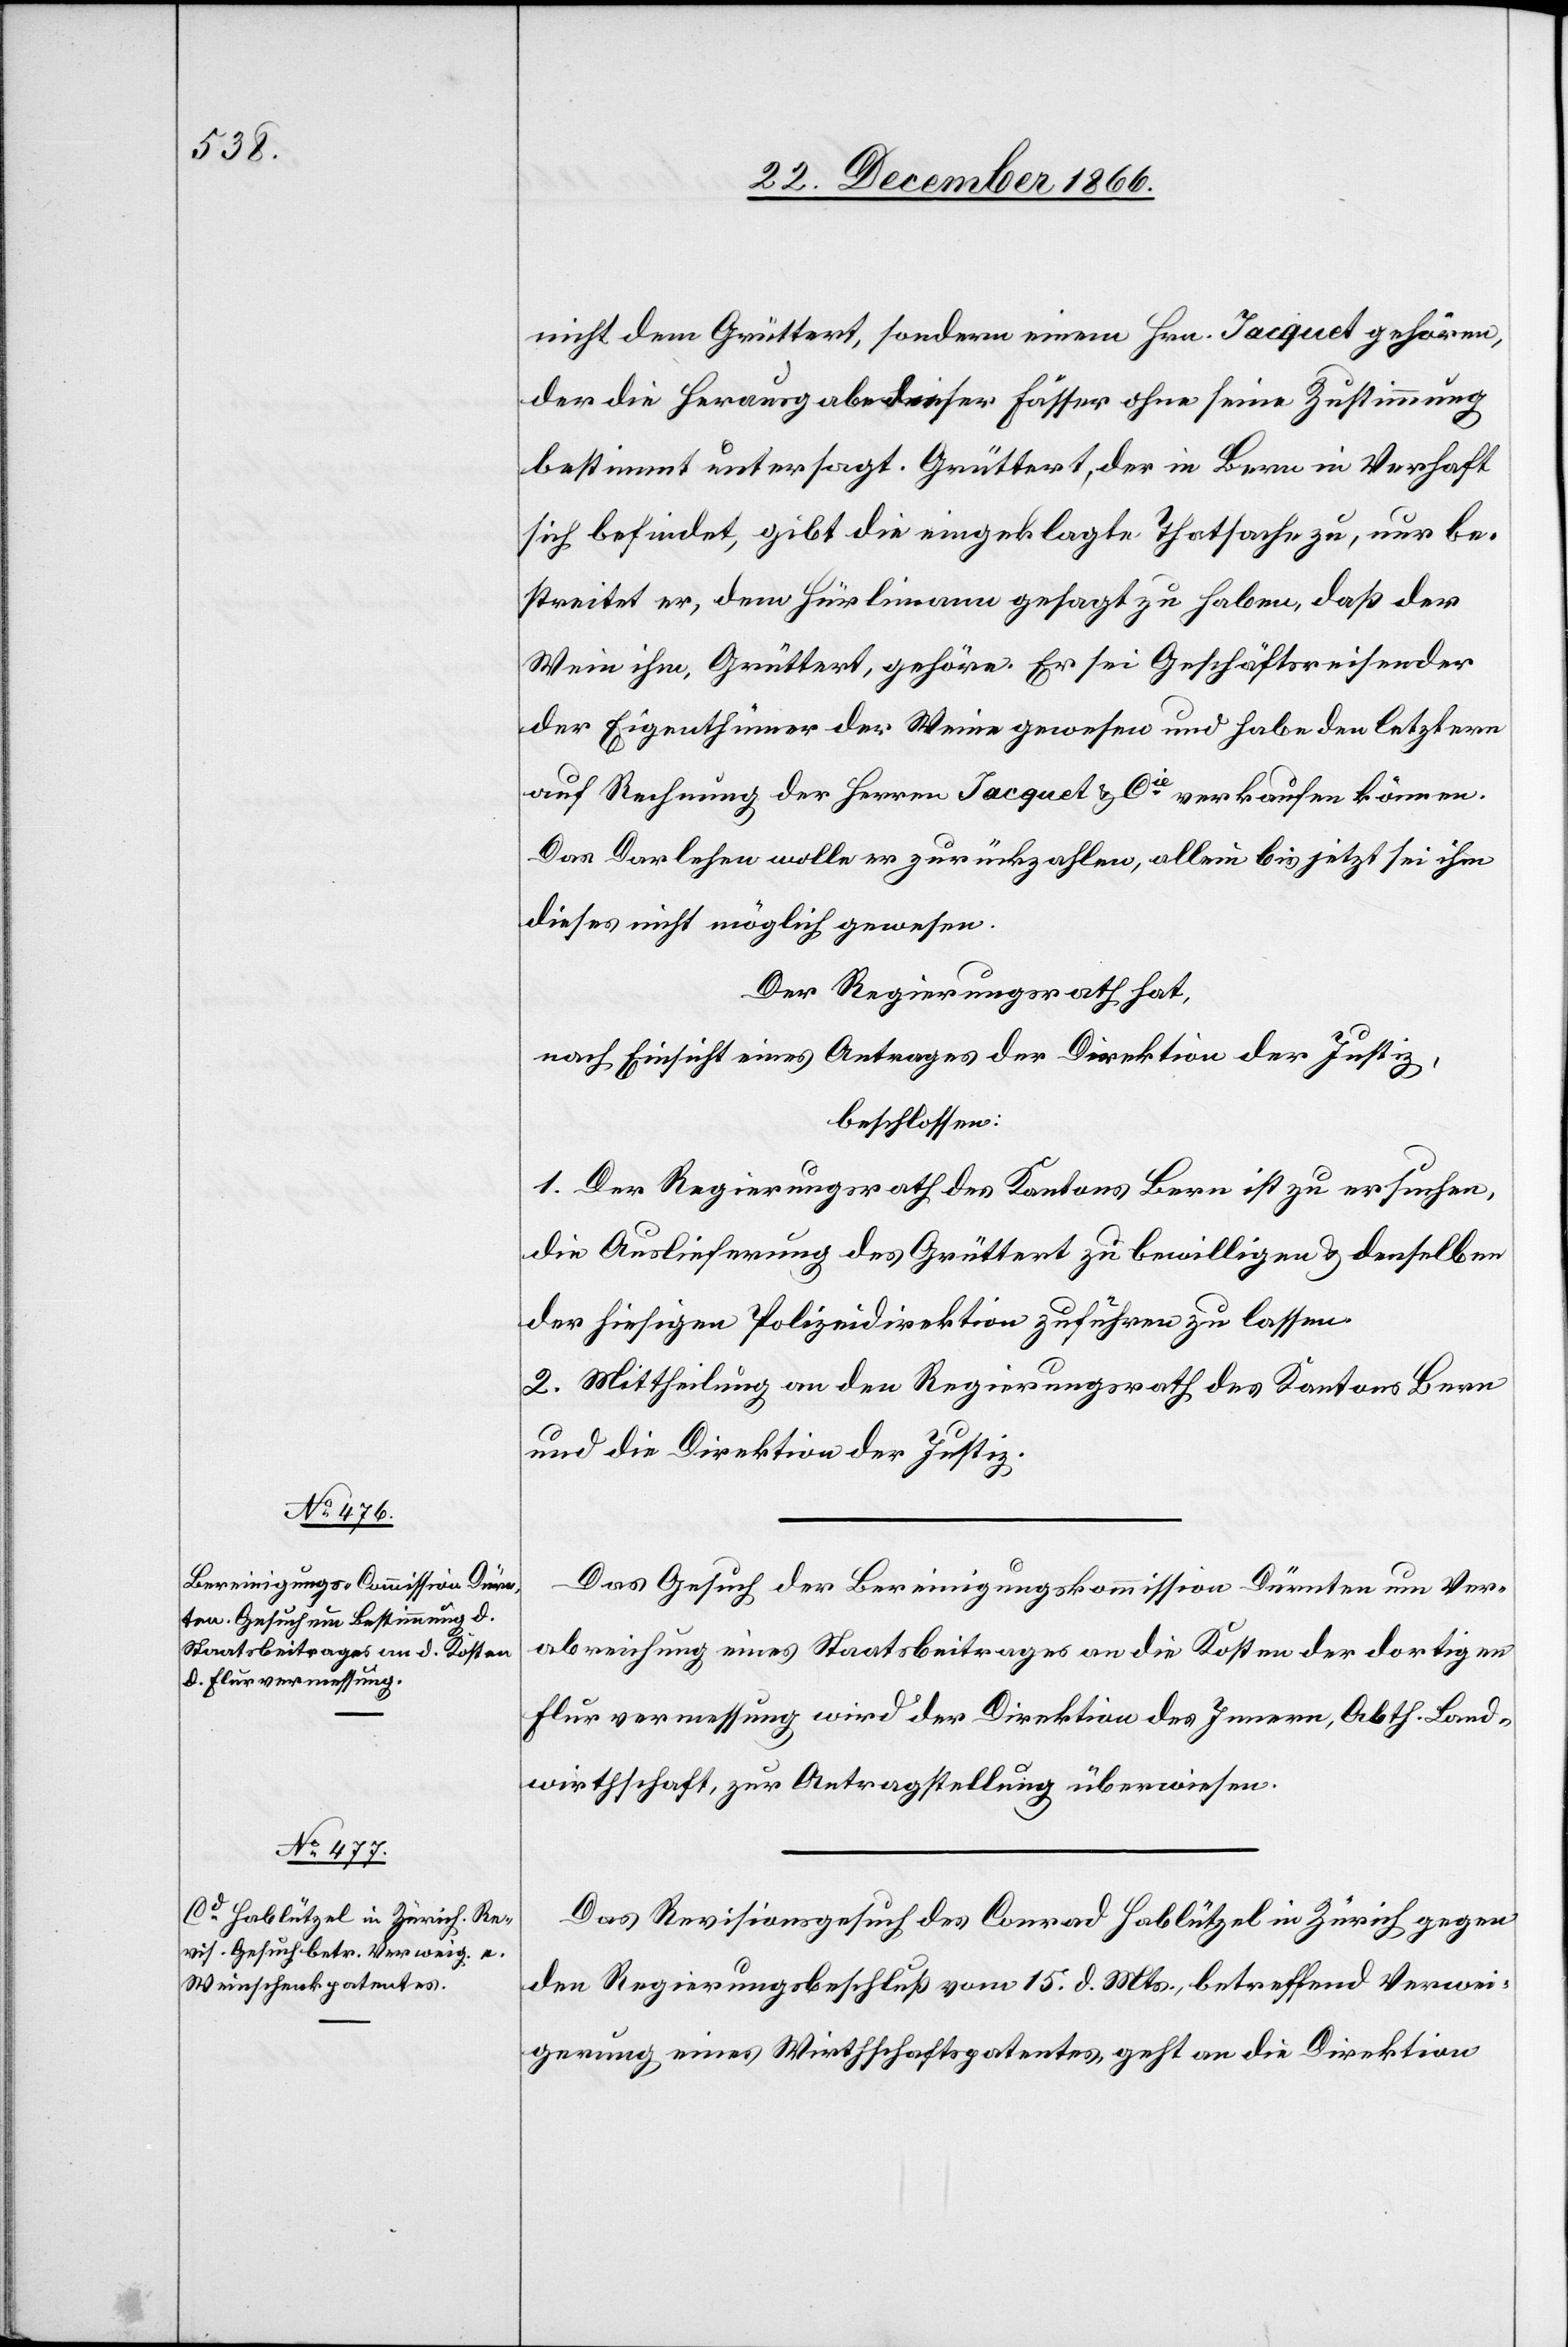
27. December 1866.]
nicht dem Grüttert, sondern einem Hrn. Jacquet gehören,
der die Herausgabe dieser Fässer ohne seine Zustimmung
bestimmt untersagt. Grüttert, der in Bern in Verhaft
sich befindet, gibt die eingeklagte Thatsache zu, nur be¬
streitet er, dem Hürlimann gesagt zu haben, daß der
Wein ihm, Grüttert, gehöre. Er sei Geschäftsreisender
der Eigenthümer der Weine gewesen und habe den letztern
auf Rechnung der Herren Jacquet & Cie. verkaufen können.
Das Darlehen wolle er zurückzahlen, allein bis jetzt sei ihm
dieses nicht möglich gewesen.
Der Regierungsrath hat,
nach Einsicht eines Antrages der Direktion der Justiz,
beschlossen:
1. Der Regierungsrath des Kantons Bern ist zu ersuchen,
die Auslieferung des Grüttert zu bewilligen & denselben
der hiesigen Polizeidirektion zuführen zu lassen.
2. Mittheilung an den Regierungsrath des Kantons Bern
und die Direktion der Justiz.
Das Gesuch der Bereinigungskommission Dürnten um Ver¬
abreichung eines Staatsbeitrages an die Kosten der dortigen
Flurvermessung wird der Direktion des Innern, Abth. Land¬
wirthschaft, zur Antragstellung überwiesen.
Das Revisionsgesuch des Conrad Hablützel in Zürich gegen
den Regierungsbeschluß vom 15. d. Mts., betreffend Verwei¬
gerung eines Wirthschaftspatentes geht an die Direktion